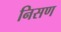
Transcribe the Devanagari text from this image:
निसण